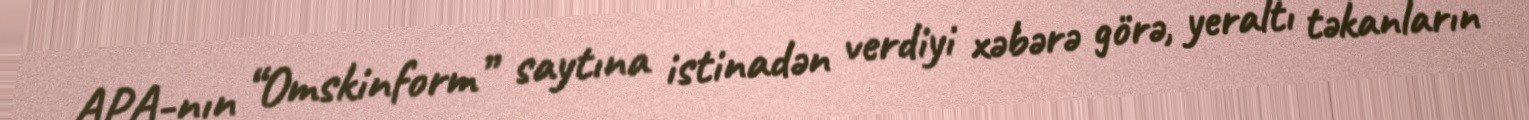
APA-nın “Omskinform” saytına istinadən verdiyi xəbərə görə, yeraltı təkanların